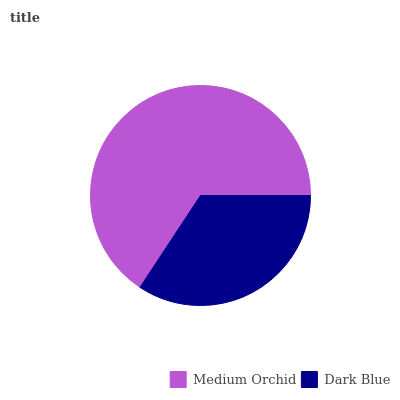
| Medium Orchid | Dark Blue |
 | --- | --- |
 | 65.8% | 34.2% |